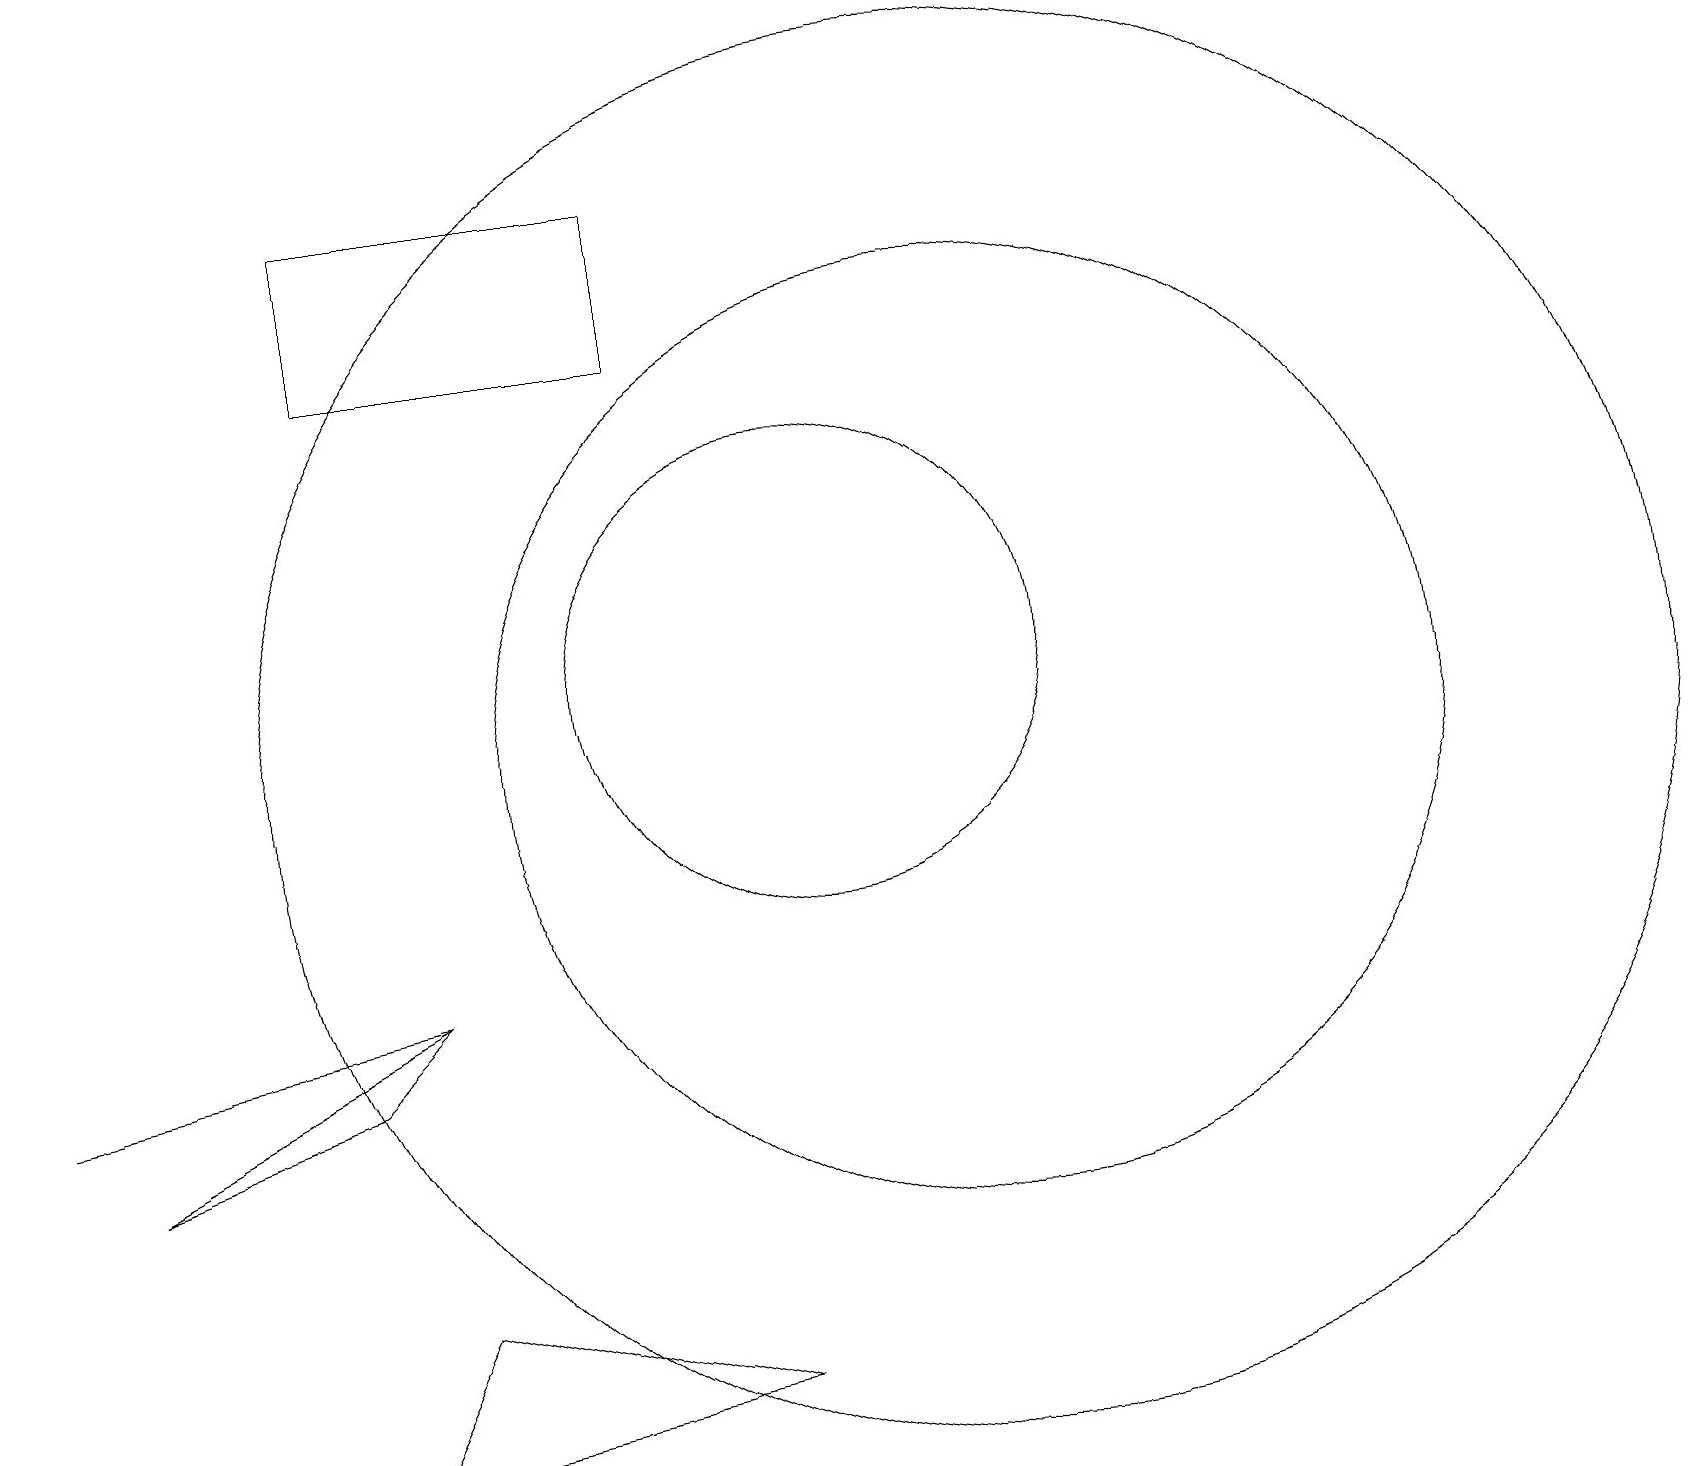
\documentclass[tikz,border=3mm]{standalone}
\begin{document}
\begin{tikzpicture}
\draw (0,6) -- (5,7) -- (0,6) -- cycle;
\draw (12,10) circle (6);
\draw (10,11) circle (3);
\draw (5,3) -- (9,2) -- (4,1) -- cycle;
\draw (4,15) rectangle (8,17);
\draw (11,10) circle (0);
\draw (12,10) circle (9);
\draw (5,7) -- (1,5) -- (4,6) -- cycle;
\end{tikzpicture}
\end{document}